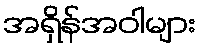
အရှိန်အဝါများ